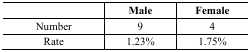
<table><thead><tr><td></td><td><b>Male</b></td><td><b>Female</b></td></tr></thead><tbody><tr><td>Number</td><td>9</td><td>4</td></tr><tr><td>Rate</td><td>1.23%</td><td>1.75%</td></tr></tbody></table>